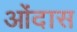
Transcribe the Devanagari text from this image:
ओंदास